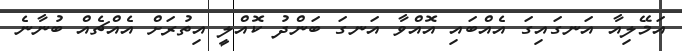
އަމޭލިއާ އަނގައިގަ އެއްބައި އޮއްވާ އަނގަ ބަންދު ކޮއްލީ އިތުރަށް އެއްޗެއް ބުނާނެ